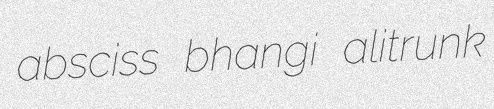
absciss bhangi alitrunk